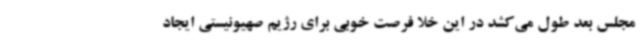
مجلس بعد طول می‌کشد در این خلا فرصت خوبی برای رژیم صهیونیستی ایجاد